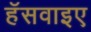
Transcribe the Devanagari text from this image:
हॅसवाइए